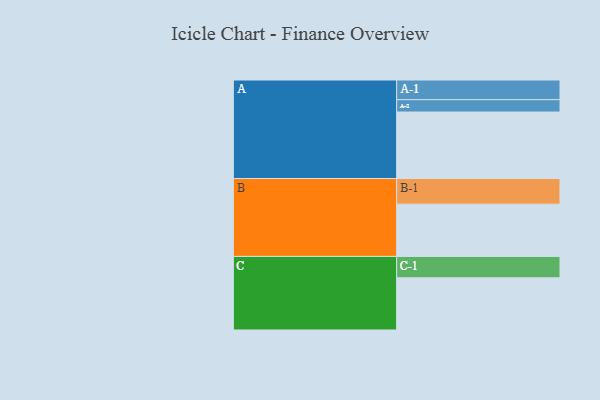
{"axis": {"x": "Segment", "y": "Value"}, "legend": ["", "A", "B", "C"], "data": [{"x": "A", "y": 581, "type": ""}, {"x": "B", "y": 457, "type": ""}, {"x": "C", "y": 456, "type": ""}, {"x": "A-1", "y": 172, "type": "A"}, {"x": "A-2", "y": 108, "type": "A"}, {"x": "B-1", "y": 224, "type": "B"}, {"x": "C-1", "y": 187, "type": "C"}]}